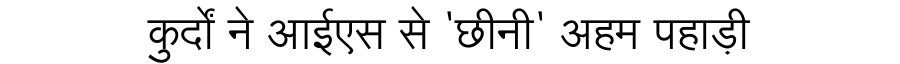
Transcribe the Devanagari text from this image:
कुर्दों ने आईएस से 'छीनी' अहम पहाड़ी